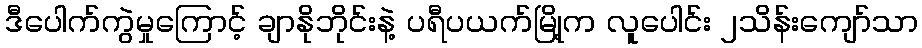
ဒီပေါက်ကွဲမှုကြောင့် ချာနိုဘိုင်းနဲ့ ပရီပယက်မြို့က လူပေါင်း ၂သိန်းကျော်သာ